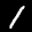
Label: 1